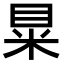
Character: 𥅼